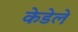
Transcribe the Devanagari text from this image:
केडेले